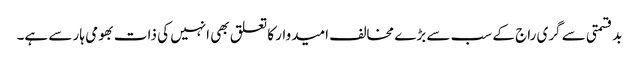
بدقسمتی سے گری راج کے سب سے بڑے مخالف امیدوار کا تعلق بھی انہیں کی ذات بھومی ہار سے ہے۔